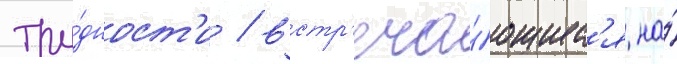
тру́дност'и / встр'еча́ющиес'я на́